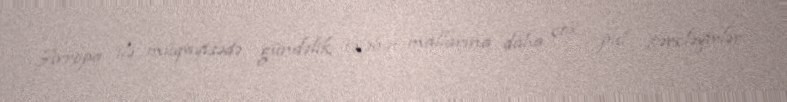
Avropa ilə müqayisədə gündəlik tələbat mallarına daha çox pul xərcləyirlər.